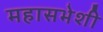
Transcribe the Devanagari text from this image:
महासभेशी